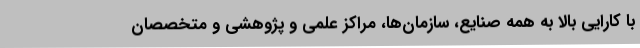
با کارایی بالا به همه صنایع، سازمان‌ها، مراکز علمی و پژوهشی و متخصصان